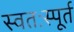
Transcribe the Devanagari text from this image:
स्वतःस्पूर्त